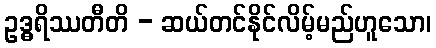
ဥဒ္ဓရိဿတီတိ - ဆယ်တင်နိုင်လိမ့်မည်ဟူသော၊